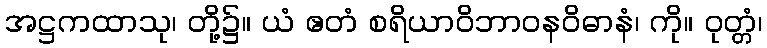
အဋ္ဌကထာသု၊ တို့၌။ ယံ ဧတံ စရိယာဝိဘာဝနဝိဓာနံ၊ ကို။ ဝုတ္တံ၊